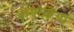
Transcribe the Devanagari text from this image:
कमोडिआ